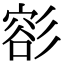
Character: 彮